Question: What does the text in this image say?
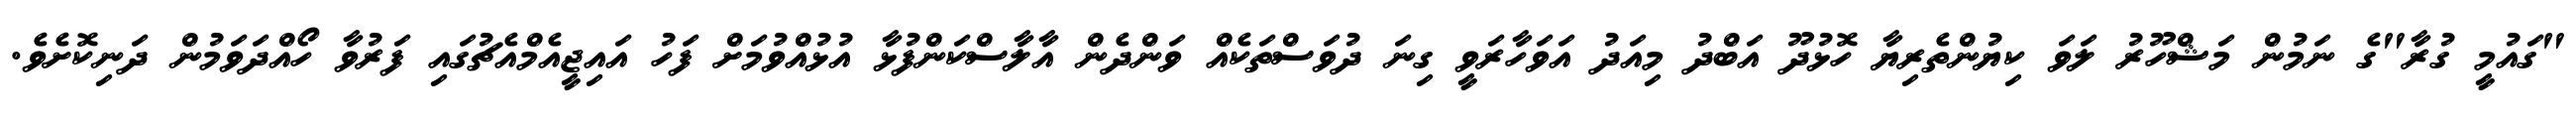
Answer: "ގައުމީ ގުރާ"ގެ ނަމުން މަޝްހޫރު ލަވަ ކިޔުންތެރިޔާ ހޮޅުދޫ އަބްދު މިއަދު އަވަހާރަވީ ގިނަ ދުވަސްތަކެއް ވަންދެން އާލާސްކަންފުޅާ އުޅުއްވުމަށް ފަހު އައިޖީއެމްއެޗުގައި ފަރުވާ ހޯއްދަވަމުން ދަނިކޮށެވެ.